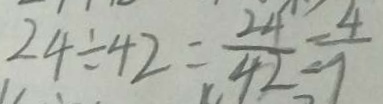
2 4 \div 4 2 = \frac { 2 4 } { 4 2 } = \frac { 4 } { 7 }